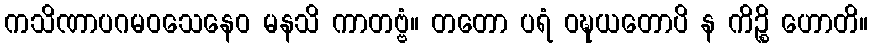
ကသိဏာပဂမဝသေနေဝ မနသိ ကာတဗ္ဗံ။ တတော ပရံ ဝဍ္ဎယတောပိ န ကိဉ္စိ ဟောတိ။